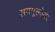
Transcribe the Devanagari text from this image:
सममूल्येतर